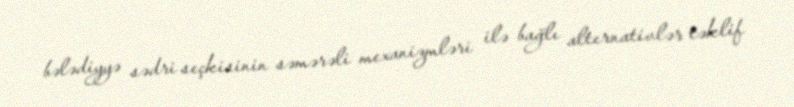
bələdiyyə sədri seçkisinin səmərəli mexanizmləri ilə bağlı alternativlər təklif